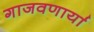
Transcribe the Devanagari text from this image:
गाजवणार्या